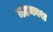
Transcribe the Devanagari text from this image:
मठकाश